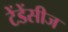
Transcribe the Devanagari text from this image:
टेंडेंसीज